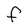
Character: f